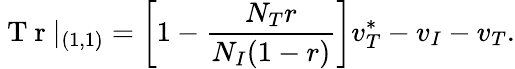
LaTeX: \mathrm{~T~r~}|_{(1,1)}=\left[1-\frac{N_{T}r}{N_{I}(1-r)}\right]v_{T}^{*}-v_{I}-v_{T}.